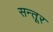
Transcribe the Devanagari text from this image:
सन्तूर